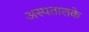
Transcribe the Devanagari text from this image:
अस्पतालके